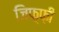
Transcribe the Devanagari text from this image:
जिफ़्फ़ी